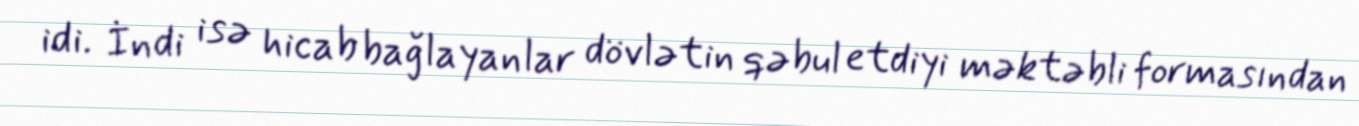
idi. İndi isə hicab bağlayanlar dövlətin qəbul etdiyi məktəbli formasından